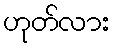
ဟုတ်လား